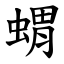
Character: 蝟